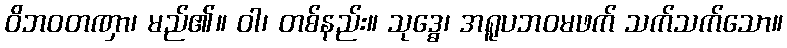
ဝိဘဝတဏှာ၊ မည်၏။ ဝါ၊ တစ်နည်း။ သုဒ္ဓေ၊ အရူပဘဝမဖက် သက်သက်သော။